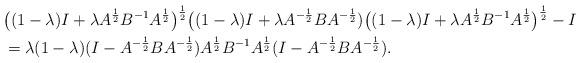
LaTeX: \begin{align*}&\big((1-\lambda)I+\lambda A^{\frac{1}{2}}B^{-1}A^{\frac{1}{2}}\big)^{\frac{1}{2}}\big((1-\lambda)I+\lambda A^{-\frac{1}{2}}BA^{-\frac{1}{2}})\big((1-\lambda)I+\lambda A^{\frac{1}{2}}B^{-1}A^{\frac{1}{2}}\big)^{\frac{1}{2}}-I\\&=\lambda(1-\lambda)(I-A^{-\frac{1}{2}}BA^{-\frac{1}{2}})A^{\frac{1}{2}}B^{-1}A^{\frac{1}{2}}(I-A^{-\frac{1}{2}}BA^{-\frac{1}{2}}).\end{align*}